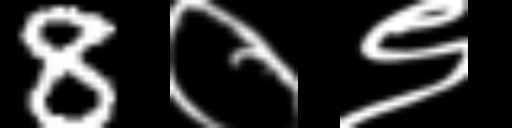
Text: 8०९